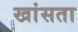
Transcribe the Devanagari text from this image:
खांसता